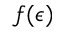
f ( \epsilon )